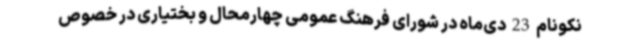
نکونام 23 دی‌ماه در شورای فرهنگ عمومی چهارمحال و بختیاری در خصوص